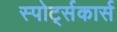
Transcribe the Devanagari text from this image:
स्पोर्ट्सकार्स